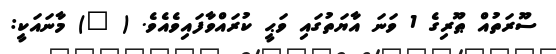
ސޫރަތުއް ޠޫރިގެ 1 ވަނަ އާޔަތުގައި ވަޙީ ކުރައްވާފައިވެއެވެ. ( ١) މާނައަކީ: